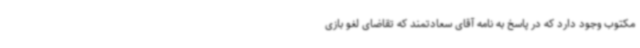
مکتوب وجود دارد که در پاسخ به نامه آقای سعادتمند که تقاضای لغو بازی